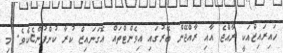
ހައިރައިޒްއަކީ ރާއްޖެ އާއި ރާއްޖޭން ބޭރުގައި އިވެންޓްތައް އޮގަނައިޒް ކުރާ ކުންފުންޏެކެވެ. މި